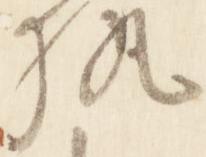
執